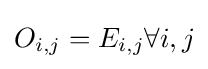
O_{i,j}=E_{i,j}\forall i,j